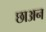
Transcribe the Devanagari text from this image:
छाअन